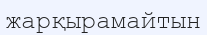
жарқырамайтын